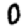
Digit: 0